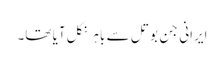
ایرانی جِن بوتل سے باہر نکل آیا تھا۔